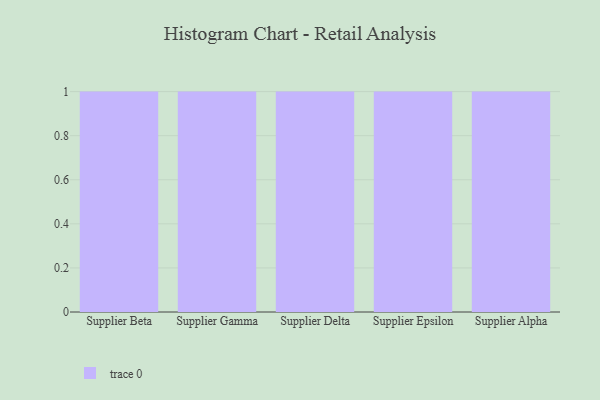
{"axis": {"x": "Supplier", "y": "Customer Acquisition Cost (USD)"}, "legend": [""], "data": [{"x": "Supplier Beta", "y": 20, "type": ""}, {"x": "Supplier Gamma", "y": 10, "type": ""}, {"x": "Supplier Delta", "y": 94, "type": ""}, {"x": "Supplier Epsilon", "y": 56, "type": ""}, {"x": "Supplier Alpha", "y": 19, "type": ""}]}